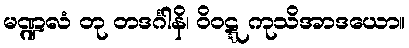
မဏ္ဍလံ တု တဒင်္ဂါနိ၊ ဝိဝဋ္ဋ ကုသိအာဒယော။